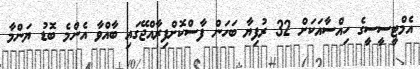
އެމްޓީސީސީގެ ހިއްސާއަކަށް 32 ރުފިޔާ ބަހަން ފާސްކޮށްފިރާއްޖޭގައި ބާއްވާ އެންމެ ބޮޑު ޔަންމާ